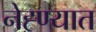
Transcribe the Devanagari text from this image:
नेह्ण्यात